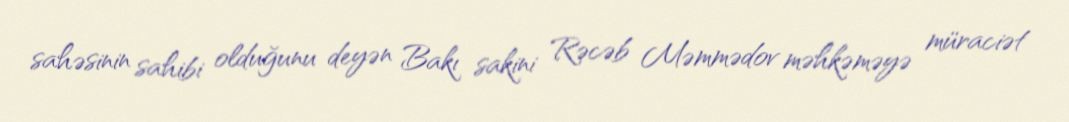
sahəsinin sahibi olduğunu deyən Bakı sakini Rəcəb Məmmədov məhkəməyə müraciət